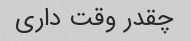
چقدر وقت داری